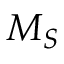
M _ { S }